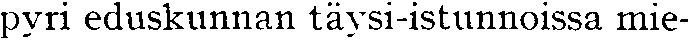
pyri eduskunnan täysi-istunnoissa mie-